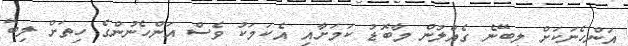
އަންހެނަކަށް ލިބޭނެ ގެއްލުން މާބޮޑު ކަމަށާއި އެކަމަކު ވެސް އަންހެނުންގެ ހިތަށް ލިބޭ